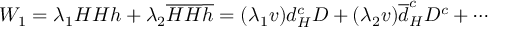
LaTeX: W _ { 1 } = \lambda _ { 1 } { \cal H } { \cal H } h + \lambda _ { 2 } { \overline { { { \cal H } } } } { \overline { { { \cal H } } } } { \overline { { { h } } } } = ( \lambda _ { 1 } v ) d _ { H } ^ { c } D + ( \lambda _ { 2 } v ) \overline { { { d } } } _ { H } ^ { c } D ^ { c } + \cdots